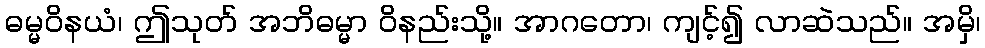
ဓမ္မဝိနယံ၊ ဤသုတ် အဘိဓမ္မာ ဝိနည်းသို့။ အာဂတော၊ ကျင့်၍ လာဆဲသည်။ အမှိ၊